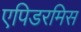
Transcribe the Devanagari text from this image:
एपिडरमिस